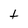
Character: t